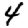
Digit: 4